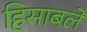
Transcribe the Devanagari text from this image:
हिसाबले